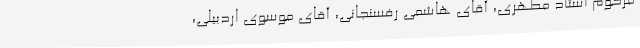
مرحوم‌ استاد مطهری‌، آقای ‌هاشمی‌ رفسنجانی‌، آقای‌ موسوی‌ اردبیلی‌،